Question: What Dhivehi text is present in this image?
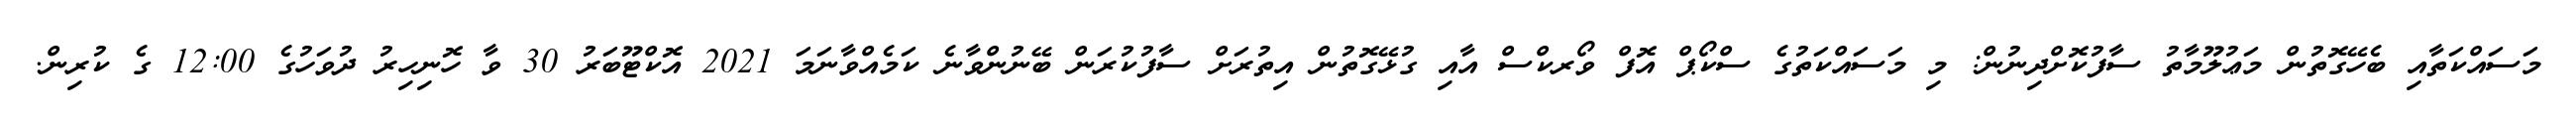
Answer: މަސައްކަތާއި ބެހޭގޮތުން މަޢުލޫމާތު ސާފުކޮށްދިނުން: މި މަސައްކަތުގެ ސްކޯޕް އޮފް ވޯރކްސް އާއި ގުޅޭގޮތުން އިތުރަށް ސާފުކުރަން ބޭނުންވާނެ ކަމެއްވާނަމަ 2021 އޮކްޓޫބަރު 30 ވާ ހޮނިހިރު ދުވަހުގެ 12:00 ގެ ކުރިން.